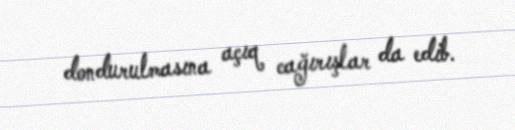
dondurulmasına açıq cağırışlar da edib.